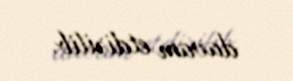
davam etdirilib.